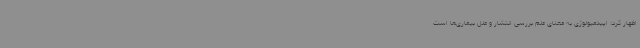
اظهار کرد: اپیدمیولوژی به معنای علم بررسی انتشار و علل بیماری‌ها است